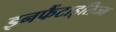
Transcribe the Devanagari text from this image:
इनफैंटाइलिज्म